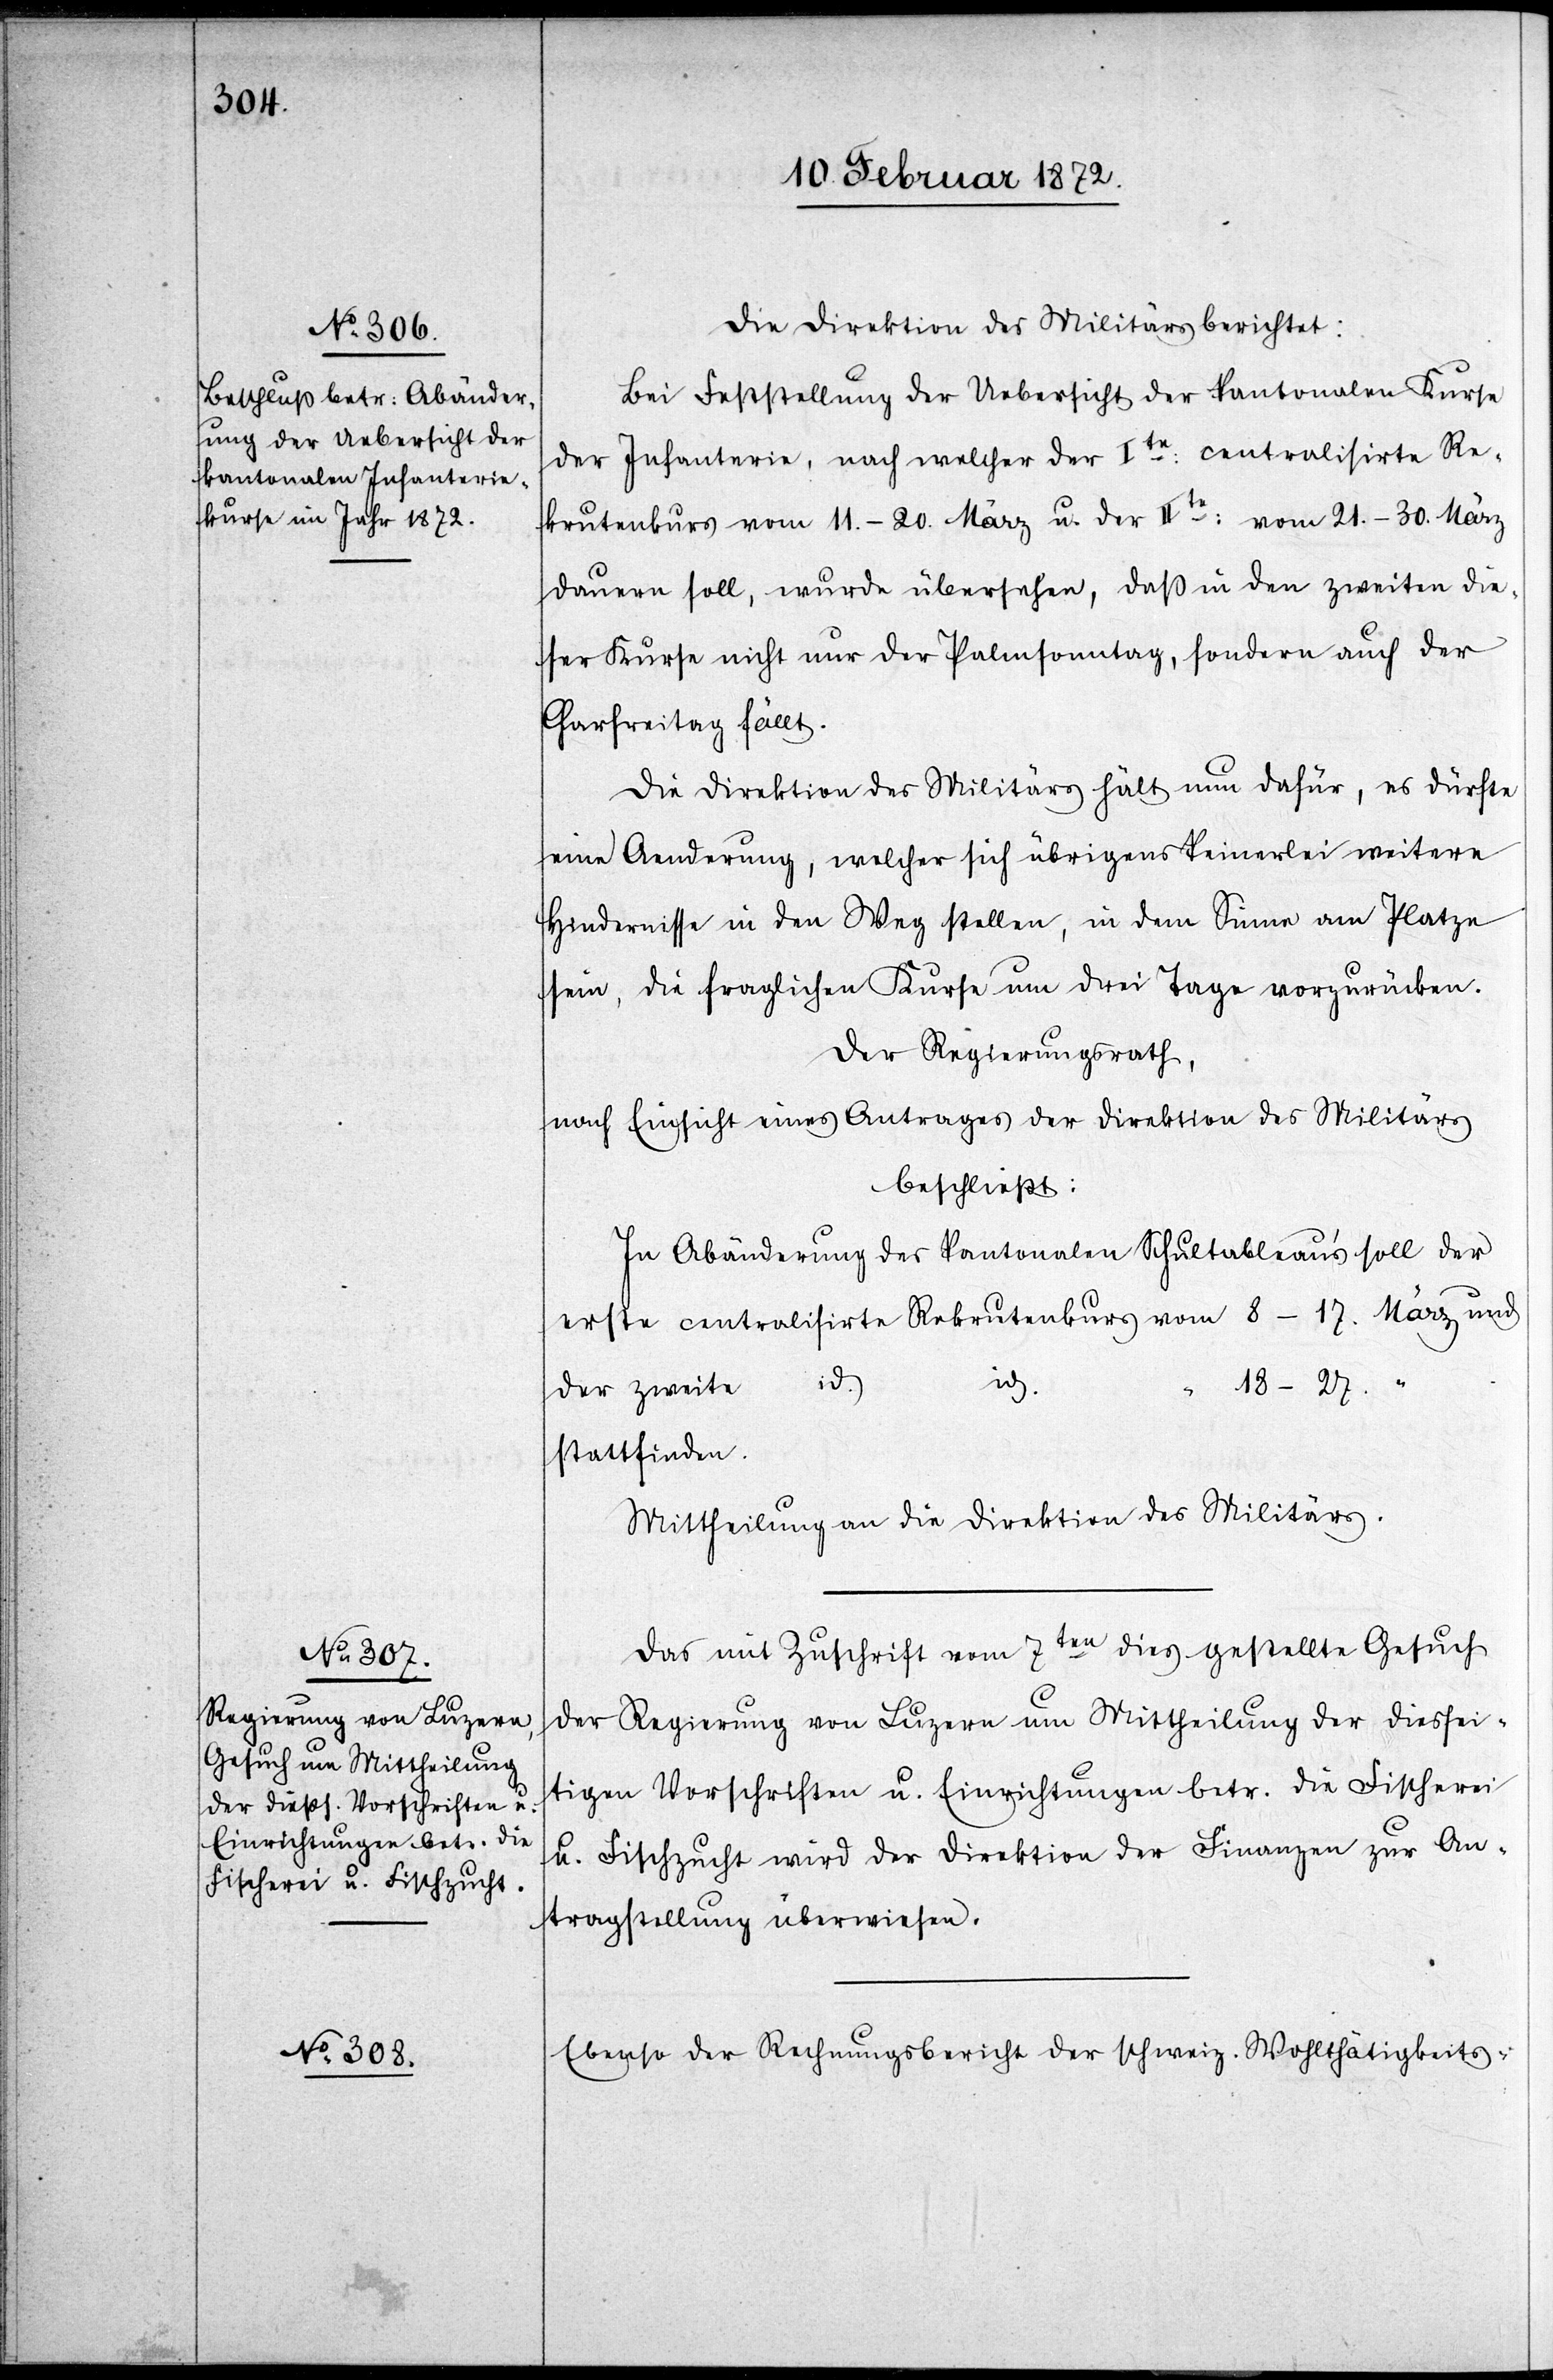
Die Direktion des Militärs berichtet:
Bei Feststellung der Uebersicht der kantonalen Kurse
der Infanterie, nach welcher der Ite centralisirte Re¬
krutenkurs vom 11.–20. März u. der IIte vom 21.–30. März
dauern soll, wurde übersehen, daß in den zweiten die¬
ser Kurse nicht nur der Palmsonntag, sondern auch der
Karfreitag fällt.
Die Direktion des Militärs hält nun dafür, es dürfte
eine Aenderung, welcher sich übrigens keinerlei weitere
Hindernisse in den Weg stellen, in dem Sinne am Platze
sein, die fraglichen Kurse um drei Tage vorzurücken.
Der Regierungsrath,
nach Einsicht eines Antrages der Direktion des Militärs
beschließt:
In Abänderung des kantonalen Schultableaus soll
erste centralisirte Rekrutenkurs vom 8–17. März und
13.
18–27.
der zweite
stattfinden.
Mittheilung an die Direktion des Militärs.
Das mit Zuschrift vom 7ten dies gestellte Gesuch
der Regierung von Luzern um Mittheilung der diessei¬
tigen Vorschriften u. Einrichtungen betr. die Fischerei
u. Fischzucht wird der Direktion der Finanzen zur An¬
tragstellung überwiesen.
Ebenso der Rechnungsbericht der schweiz. Wohltätigkeits-